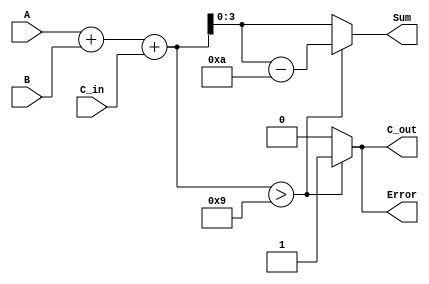
module BCD_Redundant_Binary_Adder (
    input  wire [3:0] A,       // First BCD digit
    input  wire [3:0] B,       // Second BCD digit
    input  wire C_in,          // Carry input
    output reg [3:0] Sum,      // Resulting BCD digit
    output reg C_out,          // Carry output
    output reg Error           // Error flag
);
    
    reg [4:0] temp_sum;        // Temporary storage for sum (5 bits to accommodate carry)
    
    // BCD Addition Logic
    always @(*) begin
        // Initial sum calculation
        temp_sum = A + B + C_in;  // Add A, B and carry input

        // BCD Correction Logic
        if (temp_sum > 9) begin
            Sum = temp_sum - 10;   // Correcting the sum to fit in BCD range
            C_out = 1;             // Set carry out
            Error = 1;             // Indicate an error (invalid BCD)
        end else begin
            Sum = temp_sum;         // Valid BCD sum
            C_out = 0;             // No carry out
            Error = 0;             // No error
        end
    end

endmodule